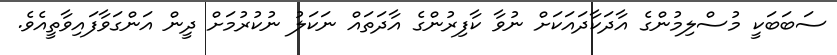
ސަބަބަކީ މުސްލިމުންގެ އާދަކާދައަކަށް ނުވާ ކާފިރުންގެ އާދަތައް ނަކަލު ނުކުރުމަށް ދީން އަންގަވާފައިވާތީއެވެ.